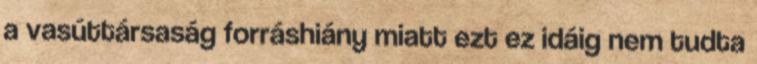
a vasúttársaság forráshiány miatt ezt ez idáig nem tudta